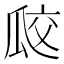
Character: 㼎